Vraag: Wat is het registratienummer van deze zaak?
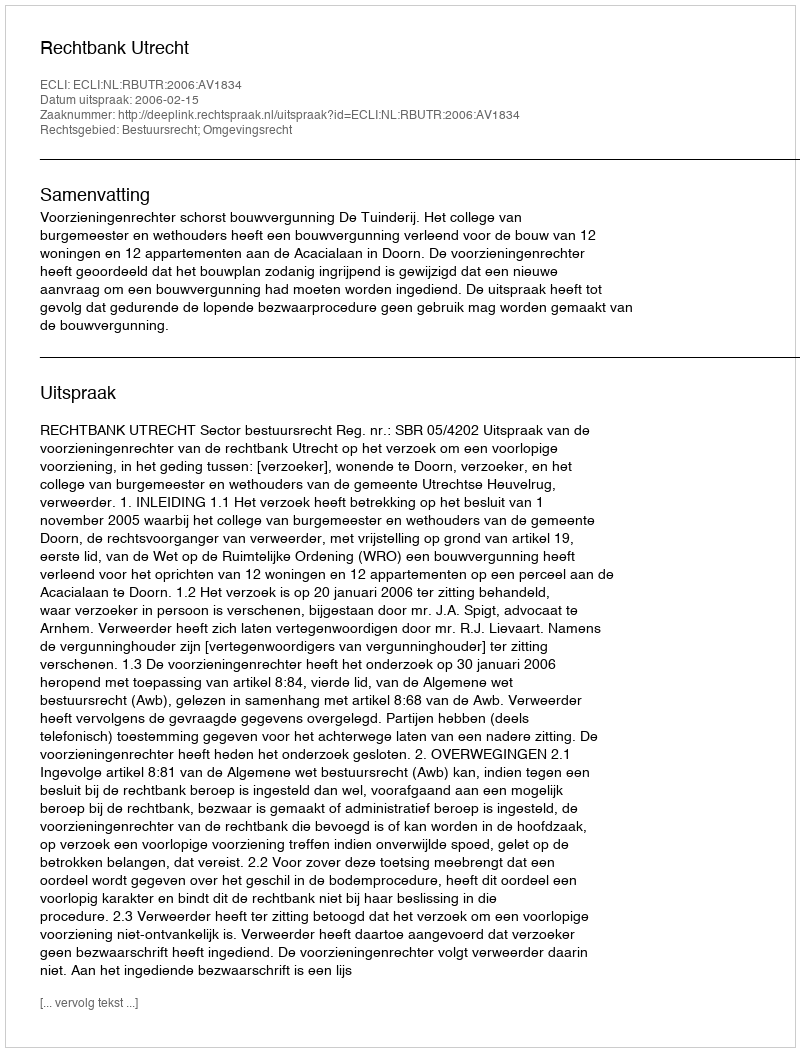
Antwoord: http://deeplink.rechtspraak.nl/uitspraak?id=ECLI:NL:RBUTR:2006:AV1834